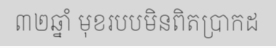
៣២ឆ្នាំ មុខរបបមិនពិតប្រាកដ